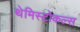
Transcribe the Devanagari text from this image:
थेमिस्टोकल्स